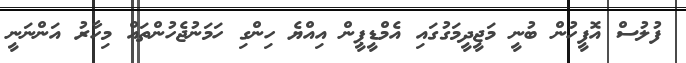
ފުލުސް އޮފީހުން ބުނީ މަޖީދީމަގުގައި އެމްޑީޕީން އިއްޔެ ހިންގި ހަމަނުޖެހުންތައް މިހާރު އަންނަނީ